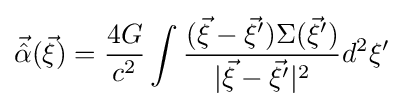
{\vec {\hat {\alpha }}}({\vec {\xi }})={\frac {4G}{c^{2}}}\int {\frac {({\vec {\xi }}-{\vec {\xi }}^{\prime })\Sigma ({\vec {\xi }}^{\prime })}{|{\vec {\xi }}-{\vec {\xi }}^{\prime }|^{2}}}d^{2}\xi ^{\prime }